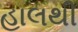
હાલથી